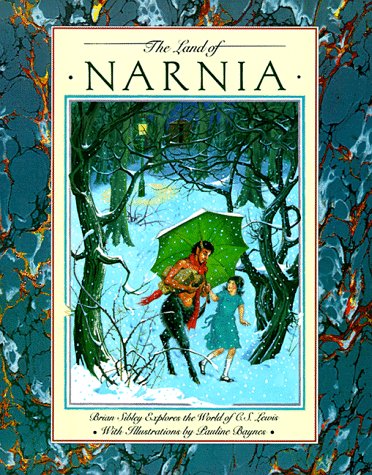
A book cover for The Land of Narnia: Brian Sibley Explores the World of C. S. Lewis; Brian Sibley; Science Fiction & Fantasy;